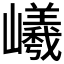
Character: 𡾞